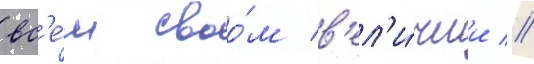
вс'е́м своо́м в'ел'и́чии //